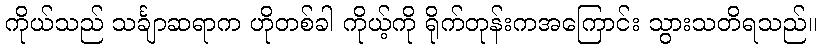
ကိုယ်သည် သင်္ချာဆရာက ဟိုတစ်ခါ ကိုယ့်ကို ရိုက်တုန်းကအကြောင်း သွားသတိရသည်။